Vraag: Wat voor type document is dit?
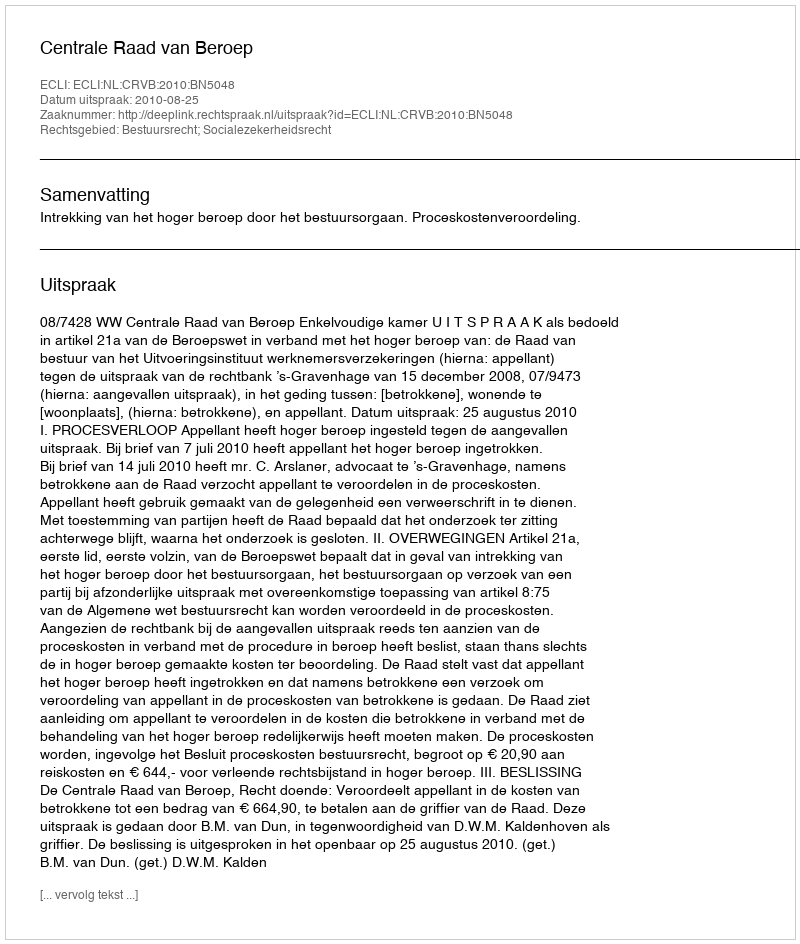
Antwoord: Uitspraak